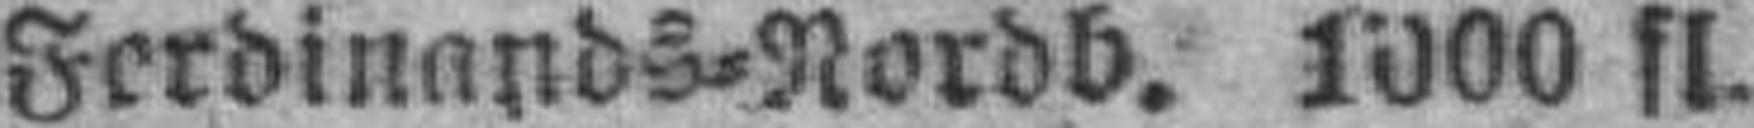
Ferdinands=Nordb. 1000 fl.